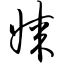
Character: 媒